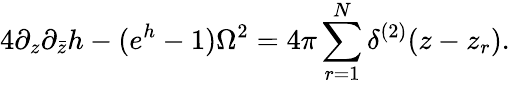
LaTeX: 4\partial_{z}\partial_{\bar{z}}h-(e^{h}-1)\Omega^{2}=4\pi\sum_{r=1}^{N}\delta^{(2)}(z-z_{r}).